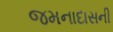
જમનાદાસની